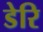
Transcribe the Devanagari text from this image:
डेरि